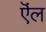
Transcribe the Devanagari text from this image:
ऎंल